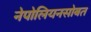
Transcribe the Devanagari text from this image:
नेपोलियनसोबत